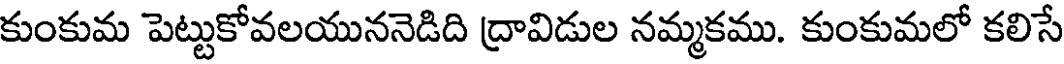
కుంకుమ పెట్టుకోవలయుననెడిది ద్రావిడుల నమ్మకము. కుంకుమలో కలిసే